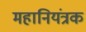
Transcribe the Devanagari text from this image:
महानियंत्रक